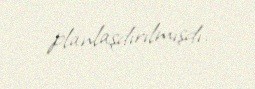
planlaşdırılmışdı.